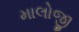
માલોજી